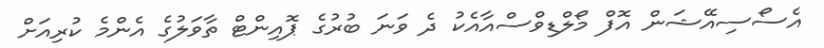
އެސޯސިއޭޝަން އޮފް މޯލްޑިވްސްއާއެކު ދެ ވަނަ ބުރުގެ ޕޮއިންޓް ތާވަލުގެ އެންމެ ކުރިއަށް